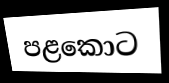
පළකොට